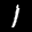
Digit: 1